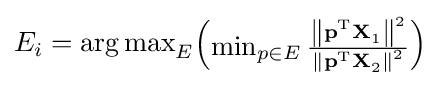
E_{i}={\arg \max }_{E}{\begin{pmatrix}\min _{p\in E}{\frac {\left\|\mathbf {p^{\text{T}}X} _{1}\right\|^{2}}{\left\|\mathbf {p^{\text{T}}X} _{2}\right\|^{2}}}\end{pmatrix}}